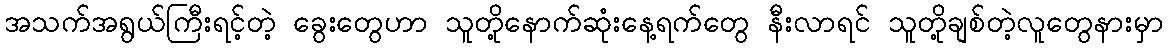
အသက်အရွယ်ကြီးရင့်တဲ့ ခွေးတွေဟာ သူတို့နောက်ဆုံးနေ့ရက်တွေ နီးလာရင် သူတို့ချစ်တဲ့လူတွေနားမှာ